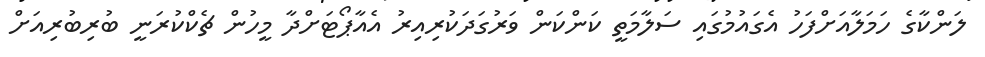
ލަންކާގެ ހަމަލާއަށްފަހު އެގައުމުގައި ސަލާމަތީ ކަންކަން ވަރުގަދަކުރިއިރު އެއާޕޯޓަށްދާ މީހުން ޗެކްކުރަނީ ބުރިބުރިއަށް